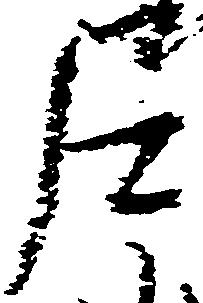
尼